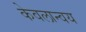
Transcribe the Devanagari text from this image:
केवलान्वय